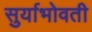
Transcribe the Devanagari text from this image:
सुर्याभोवती